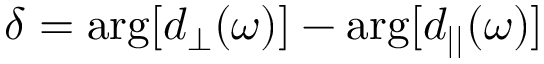
\delta = \arg [ d _ { \perp } ( \omega ) ] - \arg [ d _ { | | } ( \omega ) ]